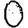
Digit: 0